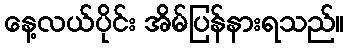
နေ့လယ်ပိုင်း အိမ်ပြန်နားရသည်။